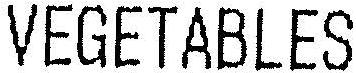
VEGETABLES